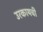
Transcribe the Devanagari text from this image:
उरकायची